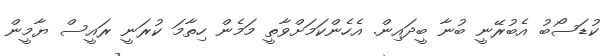
ކުޑަސޯބު އެބުރޭނީ ބުނާ ބީދައިން. އެހެންކަމަށްވާތީ މަމެން ހިތާމަ ކުރަނީ ރައީސް ޔާމީން